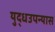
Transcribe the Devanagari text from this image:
युद्धउपन्यास